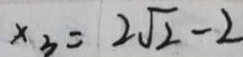
x _ { 3 } = 2 \sqrt { 2 } - 2